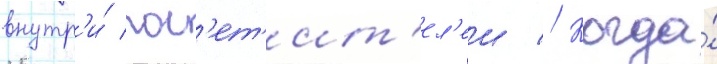
внутр'и́ пос'ет'ит'ел'еи // Когда́